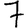
Digit: 7